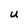
Character: U